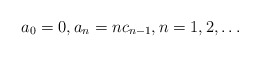
\begin{align*} a_0=0,a_n = n c_{n-1}, n=1,2,\ldots \end{align*}